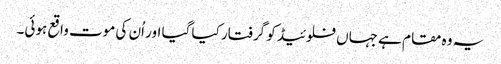
یہ وہ مقام ہے جہاں فلوئیڈ کو گرفتار کیا گیا اور اُن کی موت واقع ہوئی۔